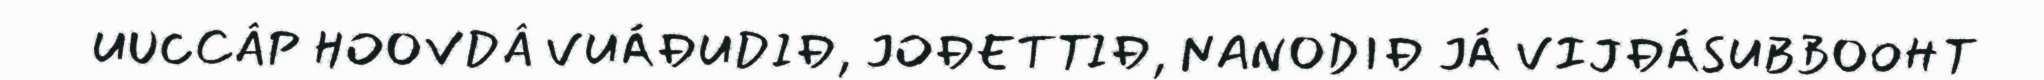
UUCCÂP HOOVDÂ VUÁĐUDIĐ, JOĐETTIĐ, NANODIĐ JÁ VIJĐÁSUBBOOHT